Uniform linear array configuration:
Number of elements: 4
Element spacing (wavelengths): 0.75
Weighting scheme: hann
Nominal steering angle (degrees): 15
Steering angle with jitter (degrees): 14.437
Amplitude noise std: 0.05
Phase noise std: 0.05

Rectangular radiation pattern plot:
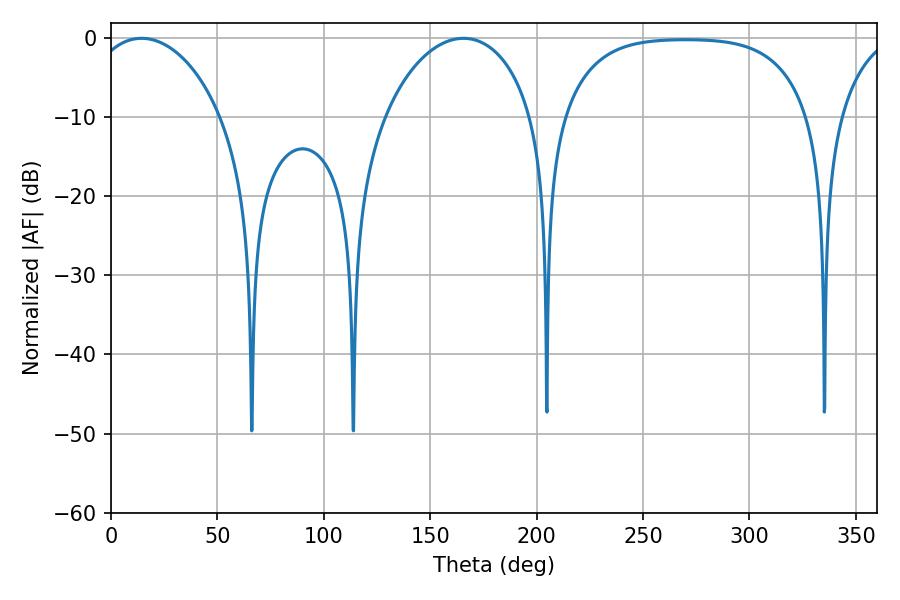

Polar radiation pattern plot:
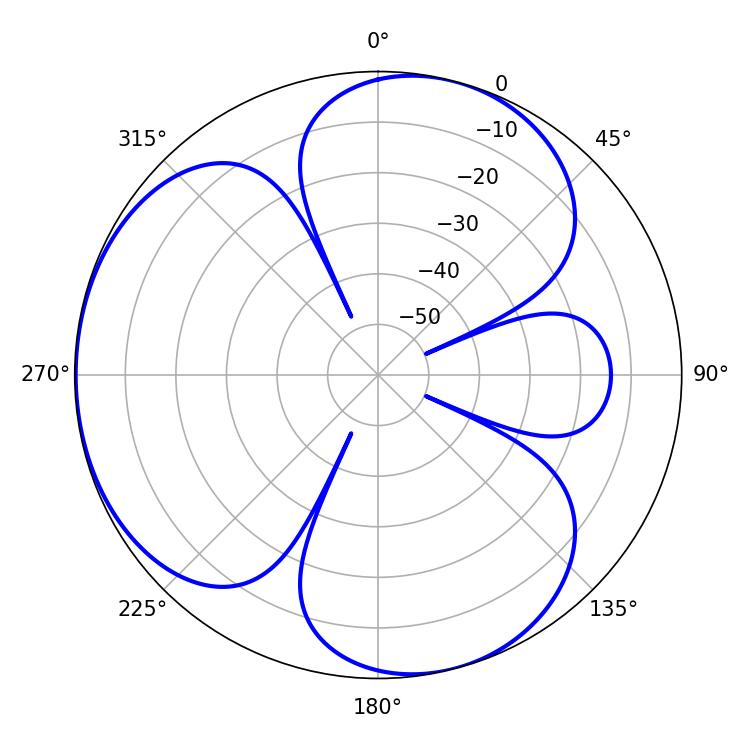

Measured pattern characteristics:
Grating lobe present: TRUE
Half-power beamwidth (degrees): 35.46
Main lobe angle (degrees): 14.4